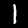
Digit: 1